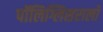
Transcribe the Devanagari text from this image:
पॉलिग्लिसरालों